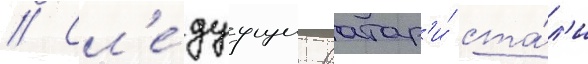
// Сл'е́дуущие вратар'и́ ста́л'и